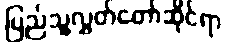
ပြည်သူ့လွှတ်တော်ဆိုင်ရာ